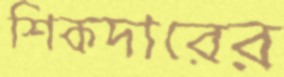
শিকদারের